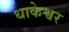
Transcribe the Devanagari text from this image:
धाकेश्वर